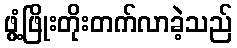
ဖွံ့ဖြိုးတိုးတက်လာခဲ့သည်